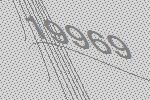
19969